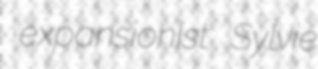
expansionist Sylvie